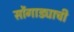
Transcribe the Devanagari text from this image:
सोंगाड्याची